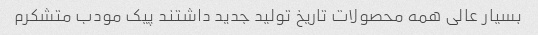
بسیار عالی همه محصولات تاریخ تولید جدید داشتند پیک مودب متشکرم